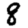
Digit: 8